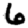
Digit: 6